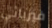
فيزيائي